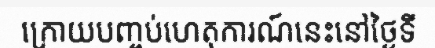
ក្រោយបញ្ចប់ហេតុការណ៍នេះនៅថ្ងៃទី